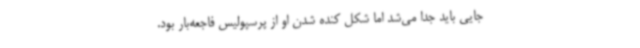
جایی باید جدا می‌شد اما شکل کنده شدن او از پرسپولیس فاجعه‌بار بود.